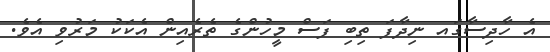
އެ ހާދިސާގައ ނިދާފަ ތިބި ފަސް މީހުންގެ ތެރެއިން އެކަކު މަރުވި އެވެ.